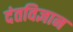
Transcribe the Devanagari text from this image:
दंतविज्ञान